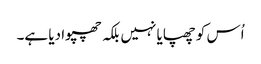
اُس کو چھپایا نہیں بلکہ چھپوا دیا ہے۔